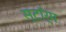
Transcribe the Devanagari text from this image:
स्टाॅर्म